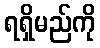
ရရှိမည်ကို